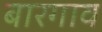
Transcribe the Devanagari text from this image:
बारगाव